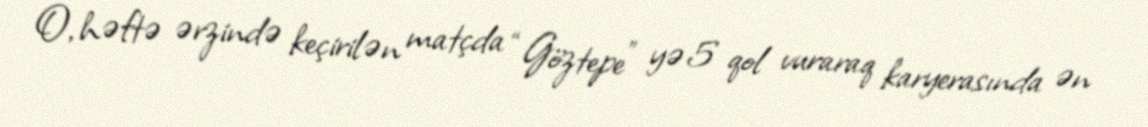
O, həftə ərzində keçirilən matçda “Göztepe” yə 5 qol vuraraq karyerasında ən